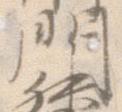
門